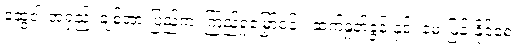
ဆွေဝါးအရှည့်၊ ချစ်အားပြည့်က၊ ကြည့်ရှုမြှော်ငန်း၊ ဆက်နှုတ်ခွန်းနှင့်၊ မေးမြန်းနိုင်စေ၊